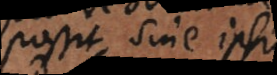
possit, sine ipsius